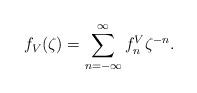
LaTeX: \begin{align*}f_V(\zeta) = \sum_{n = - \infty}^{\infty} f^V_n \zeta^{-n} \rlap{.}\end{align*}